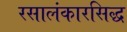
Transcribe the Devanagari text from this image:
रसालंकारसिद्ध